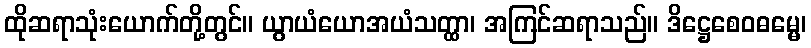
ထိုဆရာသုံးယောက်တို့တွင်။ ယွာယံယောအယံသတ္ထာ၊ အကြင်ဆရာသည်။ ဒိဋ္ဌေစေဝဓမ္မေ၊